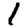
Digit: 1